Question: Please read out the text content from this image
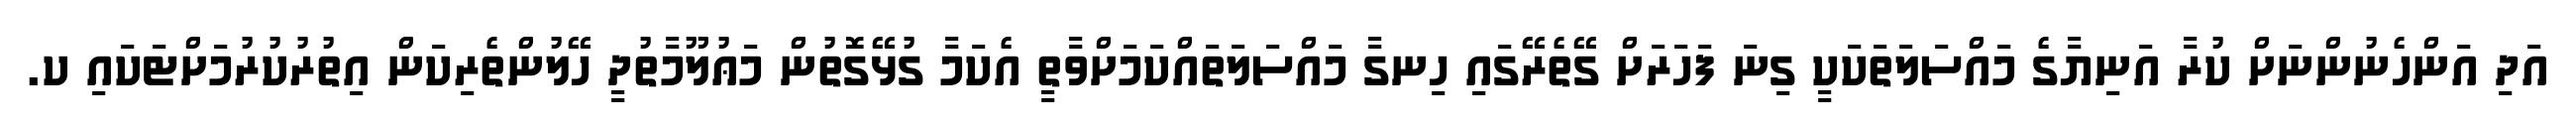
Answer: އަދި އަންހެނުންނަށް ކުރާ އަނިޔާގެ މައްސަލަތަކަކީ ގިނަ ފަހަރަށް ގޭތެރޭގައި ހިނގާ މައްސަލަތައްކަމަށްވާތީ އެކަމާ ގުޅޭގޮތުން މަޢުލޫމާތުދީ ހޭލުންތެރިކަން އިތުރުކުރުމަށްޓަކައި ކ.